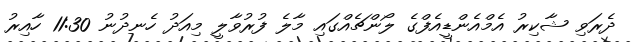
ދެރަވި ޝާކިރު އެމްއެންޑީއެފްގެ ލޯންޗެއްގައި މާލެ ފުރުވާލީ މިއަދު ހެނދުނު 11:30 ހާއިރު